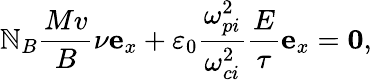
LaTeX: \mathbb{N}_{B}\frac{{Mv}}{{B}}\nu\mathbf{{e}}_{x}+\varepsilon_{0}\frac{{\omega_{pi}^{2}}}{{\omega_{ci}^{2}}}\frac{{E}}{{\tau}}\mathbf{{e}}_{x}=\mathbf{{0}},